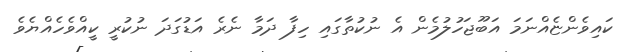
ކައިވެންޏެއްނަމަ އަބޫޖަހުލުމެން އެ ނުކުތާގައި ހިފާ ދަމާ ނެރެ އަޑުގަދަ ނުކުރީ ކީއްވެހެއްޔެވެ